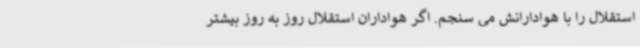
استقلال را با هوادارانش می سنجم. اگر هواداران استقلال روز به روز بیشتر